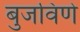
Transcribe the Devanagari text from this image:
बुजविणे